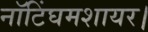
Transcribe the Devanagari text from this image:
नॉटिंघमशायर।